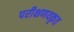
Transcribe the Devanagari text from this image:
परीक्षणयकृत